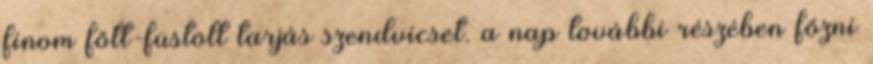
finom főtt-füstölt tarjás szendvicset. a nap további részében főzni